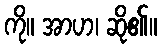
ကို။ အာဟ၊ ဆို၏။